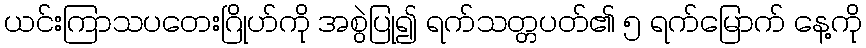
ယင်းကြာသပတေးဂြိုဟ်ကို အစွဲပြု၍ ရက်သတ္တပတ်၏ ၅ ရက်မြောက် နေ့ကို